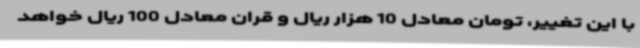
با این تغییر، تومان معادل 10 هزار ریال و قران معادل 100 ریال خواهد